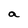
Character: a